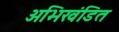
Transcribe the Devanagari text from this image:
अभिखंडित